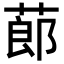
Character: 蓈